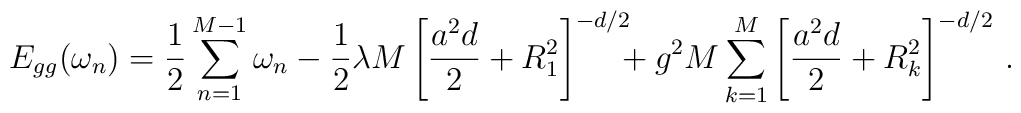
E_{gg}(\omega_n) = {1\over 2}\sum_{n=1}^{M-1} \omega_n      - {1\over 2}\lambda M         \left[{a^2d\over 2} + R_1^2\right]^{-d/2} \!\!\!      + g^2 M \sum_{k=1}^{M} \left[{a^2d\over 2} + R_k^2\right]^{-d/2}\, .